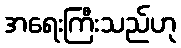
အရေးကြီးသည်ဟု